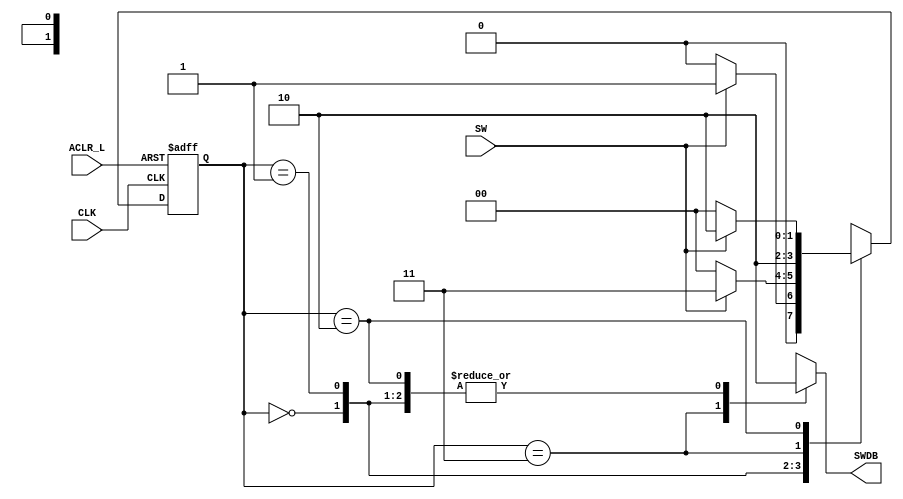
`timescale 1ns / 1ps
//////////////////////////////////////////////////////////////////////////////////
//SwitchDB.v
//A Moore State machine that works as a switch debouncer
//It output an 1 when getting two straight 1s from the input
//Due to how the button is built on the board, this deboucer will combine two 
//bounce into a 1 at the output
//Shao-Peng Yang
//2/7/19: Initial Release
//////////////////////////////////////////////////////////////////////////////////
module SwitchDB(SW,CLK,ACLR_L,SWDB);
input SW,CLK,ACLR_L;
output reg SWDB;

// create the constant for the states
parameter SW_OFF = 2'b00; 
parameter SW_EDGE = 2'b01; 
parameter SW_VERF = 2'b11; 
parameter SW_HOLD = 2'b10; 

reg [1:0]next_state_i; // this store the next state
reg [1:0]state_i; // the bus track the present state
// make the active low clear input high
wire aclr_i;
assign aclr_i = ~ACLR_L;

// the state memory using D flipflop
always@ (posedge CLK, posedge aclr_i)
begin 
    if (aclr_i == 1'b1)
	    state_i <= SW_OFF;
	else
        state_i <= next_state_i;
end

// Next state logic
always @ (state_i, SW)
begin 
// This part check the present state, and assign the proper
// output and nextstate according to the SW input
    case (state_i)
		SW_OFF:
		begin 
		    if (SW == 1'b0)
			begin
		        next_state_i <= SW_OFF;
		        SWDB <= 1'b0;
			end			
			else 
			begin 
			    next_state_i <= SW_EDGE;
		        SWDB <= 1'b0;
			end
		end	
		
		SW_EDGE:
		begin 
		    if (SW == 1'b0)
			begin
		        next_state_i <= SW_OFF;
		        SWDB <= 1'b0;
			end
			else 
			begin 
			    next_state_i <= SW_VERF;
		        SWDB <= 1'b0;
			end
		end	
		
		SW_VERF:
		begin 
		        next_state_i <= SW_HOLD;
		        SWDB <= 1'b1;
		end	
		
		SW_HOLD:
		begin 
		    if (SW == 1'b0)
			begin
		        next_state_i <= SW_OFF;
		        SWDB <= 1'b0;
			end
			else 
			begin 
			    next_state_i <= SW_HOLD;
		        SWDB <= 1'b0;
			end
		end		
        default: begin
		end
    endcase
end	
endmodule